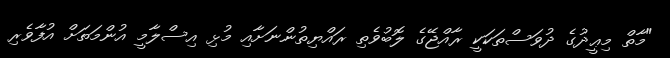
"މާތް މިޢީދުގެ ދުވަސްތަކަކީ ރާއްޖޭގެ ލޮބުވެތި ރައްޔިތުންނަށާއި މުޅި އިސްލާމީ އުންމަތަށް އުފާވެރި